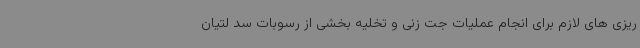
ریزی های لازم برای انجام عملیات جت زنی و تخلیه بخشی از رسوبات سد لتیان